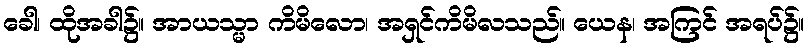
ခေါ၊ ထိုအခါ၌။ အာယသ္မာ ကိမိလော၊ အရှင်ကိမိလသည်။ ယေန၊ အကြင် အရပ်၌။